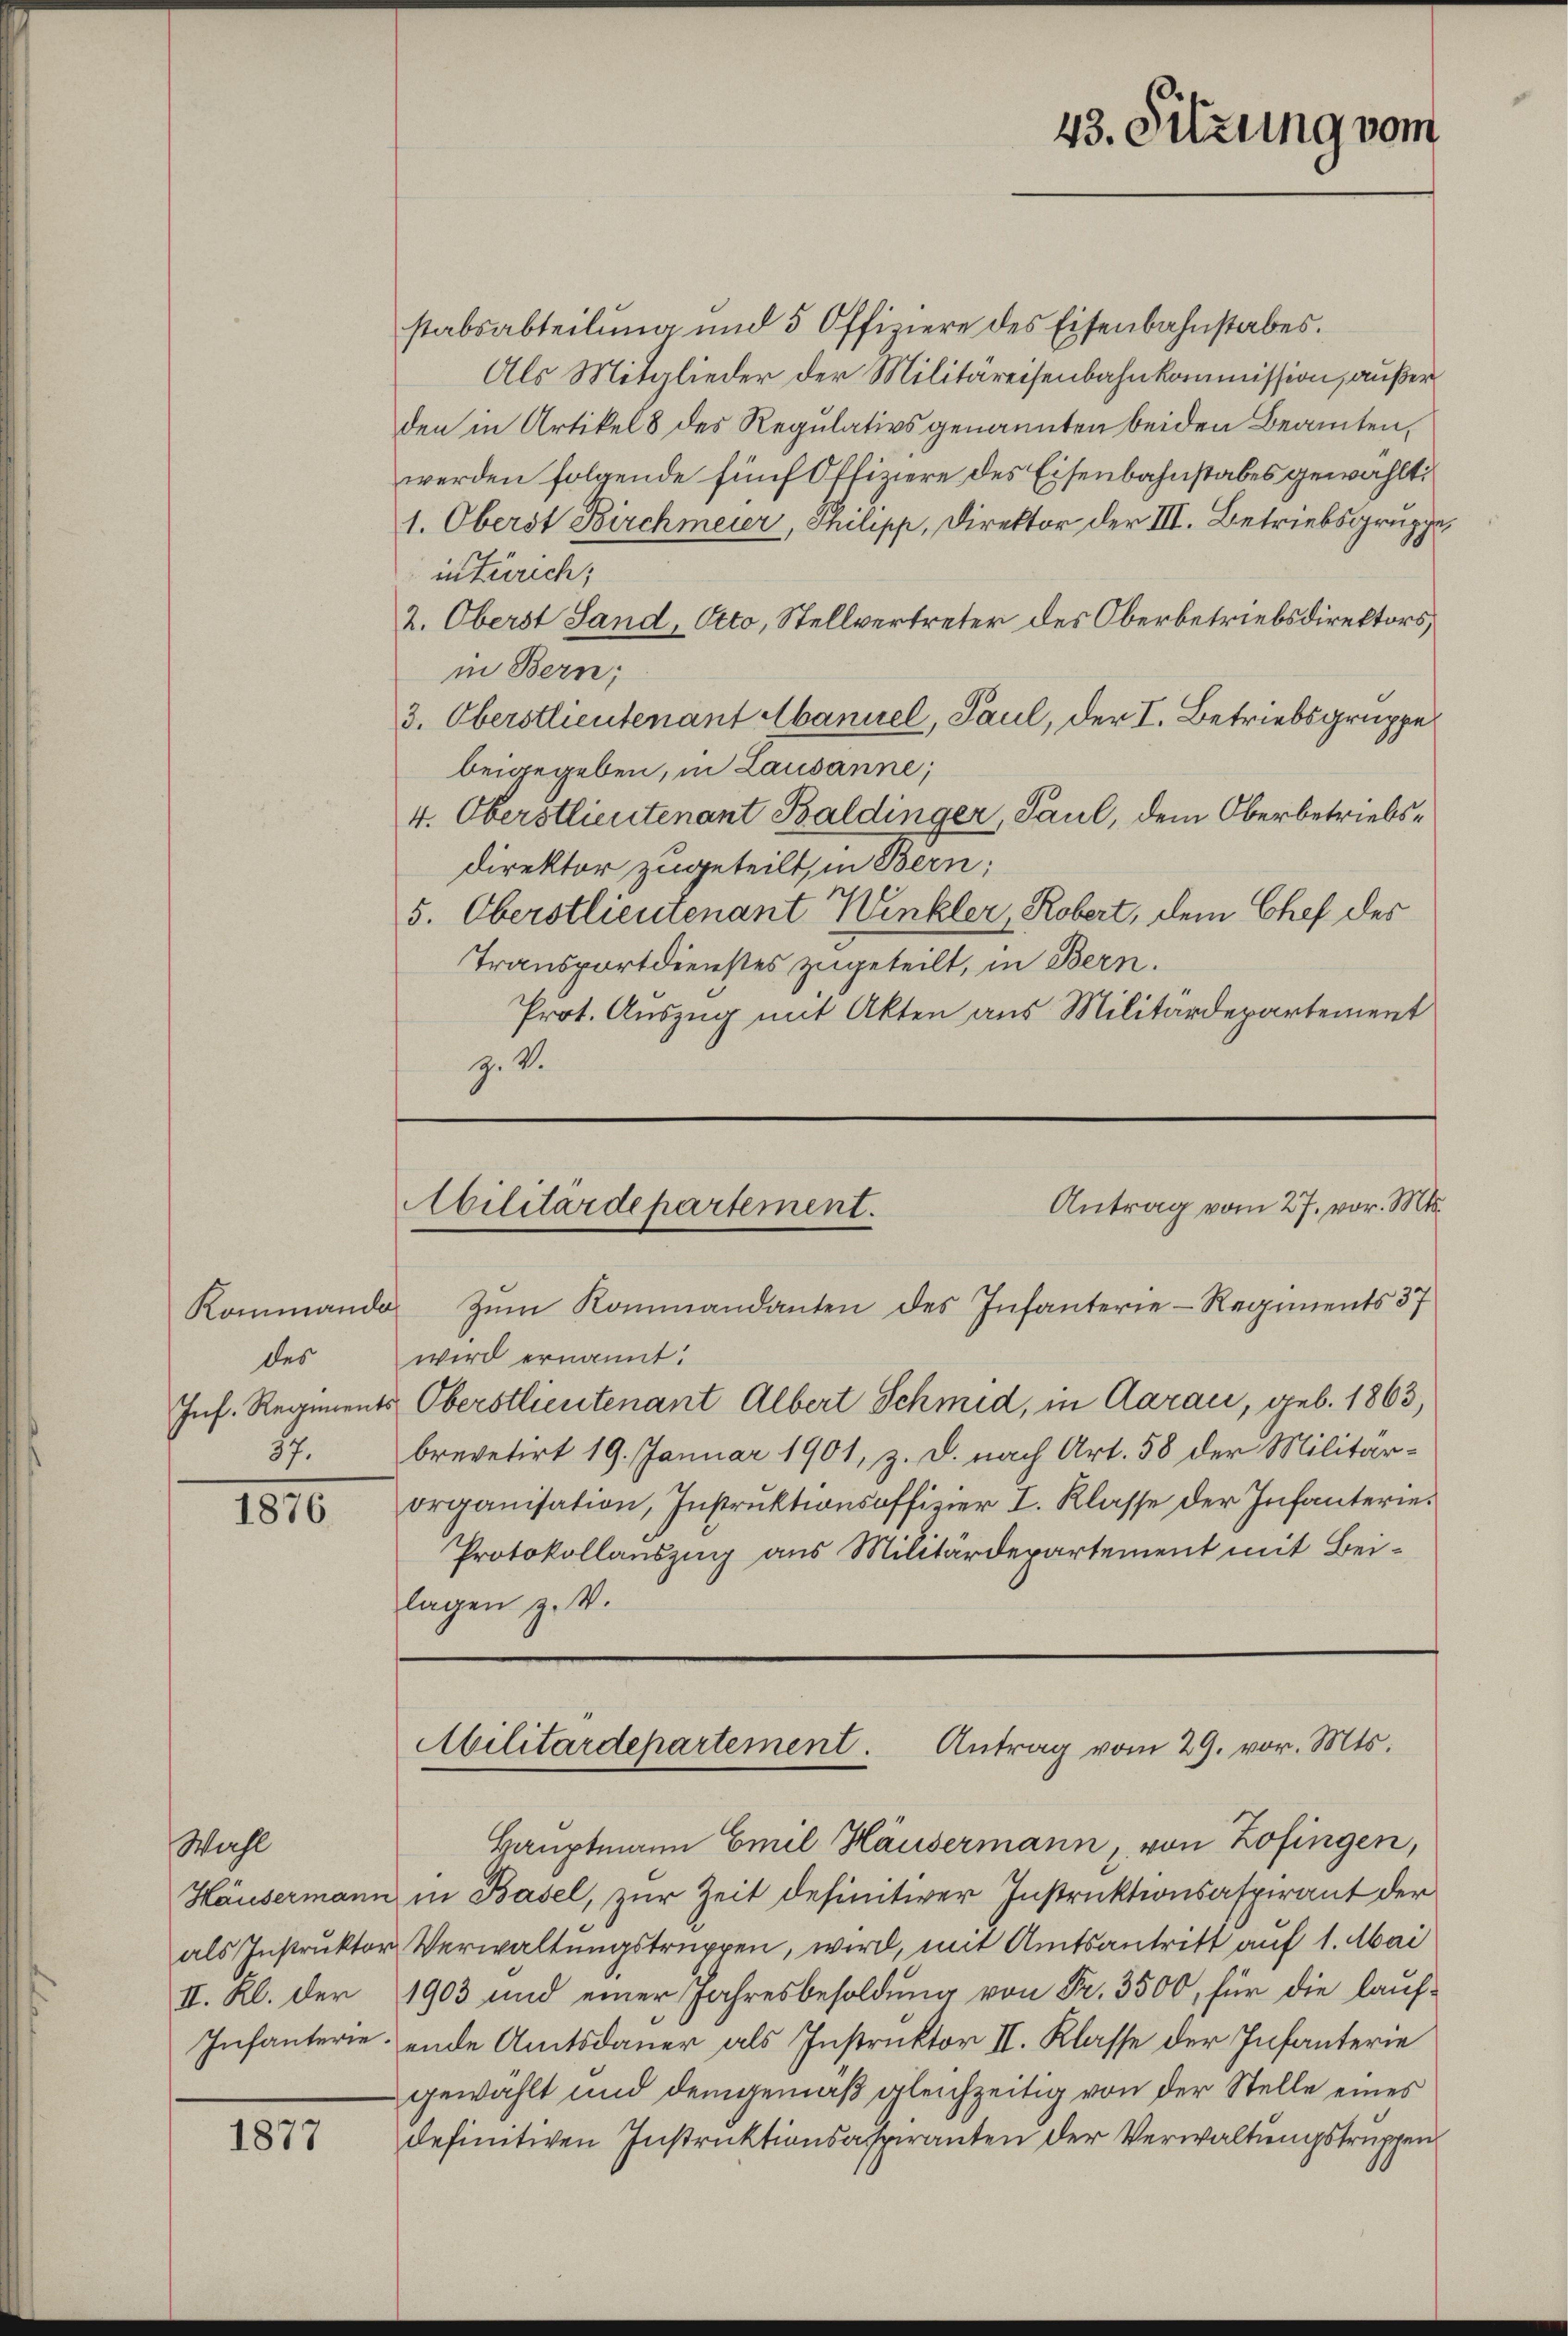
des
Inf. Regiments
57.

1876

Wahl
als Instruktor
II. Kl. der

1877

43. Sitzung vom

stabsabteilung und 5 Offiziere des Eisenbahnstabes.
Als Mitglieder der Militäreisenbahnkommission, außer
den in Artikel 8 des Regulativs genannten beiden Beamten,
werden folgende fünf Offiziere des Eisenbahnstabes gewählt:
1. Oberst Birchmeier, Philipp, Direktor der III. Betriebsgruppe,
in Zürich;
2. Oberst Sand, Otto, Stellvertreter des Oberbetriebsdirektors,
in Bern;
3. Oberstlieutenant Abaniel, Paul, der I. Betriebsgruppe
beigegeben, in Lausanne;
4. Oberstlieutenant Baldinger, Paul, dem Oberbetriebsdirektor zugeteilt, in Bern;
5. Oberstlieutenant Winkler, Robert, dem Chef des
Transportdienstes zugeteilt, in Bern.
Prot. Auszug mit Akten aus Militärdepartement
Z. V.

Antrag vom 27. vor. Mts.
Abilitärdepartement.
Kommando zŭm Kommandanten des Infanterie-Regiments 37

Militärdepartement. Antrag vom 29. vor. Mts.

wird ernannt:
Oberstlieutenant Albert Schmid, in Aarau, geb. 1863,
brevetirt 19. Januar 1901, z. B. nach Art. 58 der Militärorganisation, Instruktionsoffizier I. Klasse der Infanterie¬
Protokollauszug aus Militärdepartement mit Beilagen z. B.

Hauptmann Emil Häusermann, von Zofingen,
Häusermann in Basel, zur Zeit definitiver Instruktionsaspirant der
Verwaltungstruppen, wird, mit Amtsantritt auf 1. Mai
1903 und einer Jahresbesoldung von Fr. 3500, für die lauf¬
Infanterie, ende Amtsdauer als Instruktor II. Klasse der Infanterie
gewählt und demgemäß gleichzeitig von der Stelle eines
definitiven Instruktionsaspiranten der Verwaltungstruppen